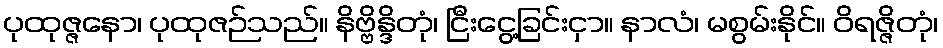
ပုထုဇ္ဇနော၊ ပုထုဇဉ်သည်။ နိဗ္ဗိန္ဒိတုံ၊ ငြီးငွေ့ခြင်းငှာ။ နာလံ၊ မစွမ်းနိုင်။ ဝိရဇ္ဇိတုံ၊